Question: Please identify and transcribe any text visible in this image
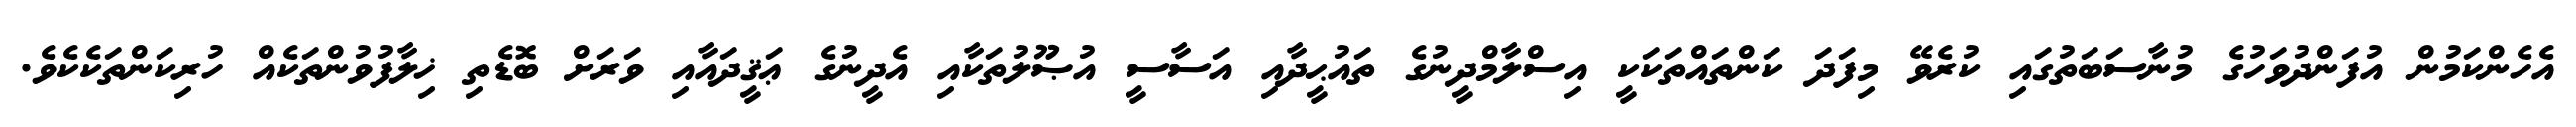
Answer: އެހެންކަމުން އުފަންދުވަހުގެ މުނާސަބަތުގައި ކުރެވޭ މިފަދަ ކަންތައްތަކަކީ އިސްލާމްދީނުގެ ތައުޙީދާއި އަސާސީ އުޞޫލުތަކާއި އެދީނުގެ ޢަޤީދައާއި ވަރަށް ބޮޑެތި ޚިލާފުވުންތަކެއް ހުރިކަންތަކެކެވެ.